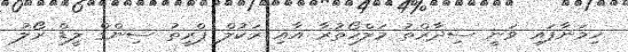
ހިމަނާފައި ވަނީ ސިދާރްތު މަލްހޯތުރާ އާއި ރަކުލް ޕްރީތު ސިންގް ލީޑް ރޯލު